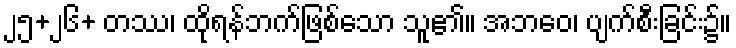
၂၅+၂၆+ တဿ၊ ထိုရန်ဘက်ဖြစ်သော သူ၏။ အဘဝေ၊ ပျက်စီးခြင်း၌။